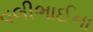
વલીભાઈના